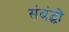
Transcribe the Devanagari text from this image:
संबंद्धों